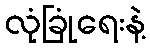
လုံခြုံရေးနဲ့